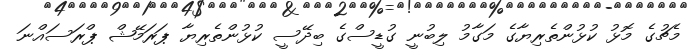
މެޗުގެ މޮޅު ކުޅުންތެރިޔާގެ މަގާމު ލިބުނީ ގުޑީސްގެ ބިދޭސީ ކުޅުންތެރިޔާ ޕަރަމޭޝް ޕްރަސައްނަ